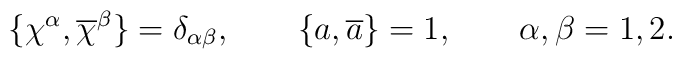
\{\chi ^{\alpha },\overline{\chi }^{\beta }\}=\delta _{\alpha \beta },\qquad\{a,\overline{a}\}=1,\qquad \alpha ,\beta =1,2.